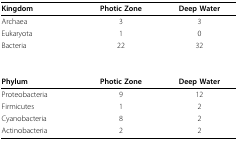
<table><thead><tr><td><b>Kingdom</b></td><td><b>Photic Zone</b></td><td><b>Deep Water</b></td></tr></thead><tbody><tr><td>Archaea</td><td>3</td><td>3</td></tr><tr><td>Eukaryota</td><td>1</td><td>0</td></tr><tr><td>Bacteria</td><td>22</td><td>32</td></tr><tr><td><b>Phylum</b></td><td><b>Photic Zone</b></td><td><b>Deep Water</b></td></tr><tr><td>Proteobacteria</td><td>9</td><td>12</td></tr><tr><td>Firmicutes</td><td>1</td><td>2</td></tr><tr><td>Cyanobacteria</td><td>8</td><td>2</td></tr><tr><td>Actinobacteria</td><td>2</td><td>2</td></tr></tbody></table>